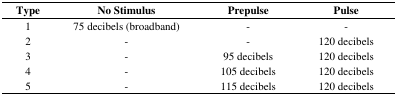
<table><thead><tr><td><b>Type</b></td><td><b>No Stimulus</b></td><td><b>Prepulse</b></td><td><b>Pulse</b></td></tr></thead><tbody><tr><td>1</td><td>75 decibels (broadband)</td><td>-</td><td>-</td></tr><tr><td>2</td><td>-</td><td>-</td><td>120 decibels</td></tr><tr><td>3</td><td>-</td><td>95 decibels</td><td>120 decibels</td></tr><tr><td>4</td><td>-</td><td>105 decibels</td><td>120 decibels</td></tr><tr><td>5</td><td>-</td><td>115 decibels</td><td>120 decibels</td></tr></tbody></table>